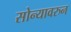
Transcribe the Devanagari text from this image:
सोन्यावरुन